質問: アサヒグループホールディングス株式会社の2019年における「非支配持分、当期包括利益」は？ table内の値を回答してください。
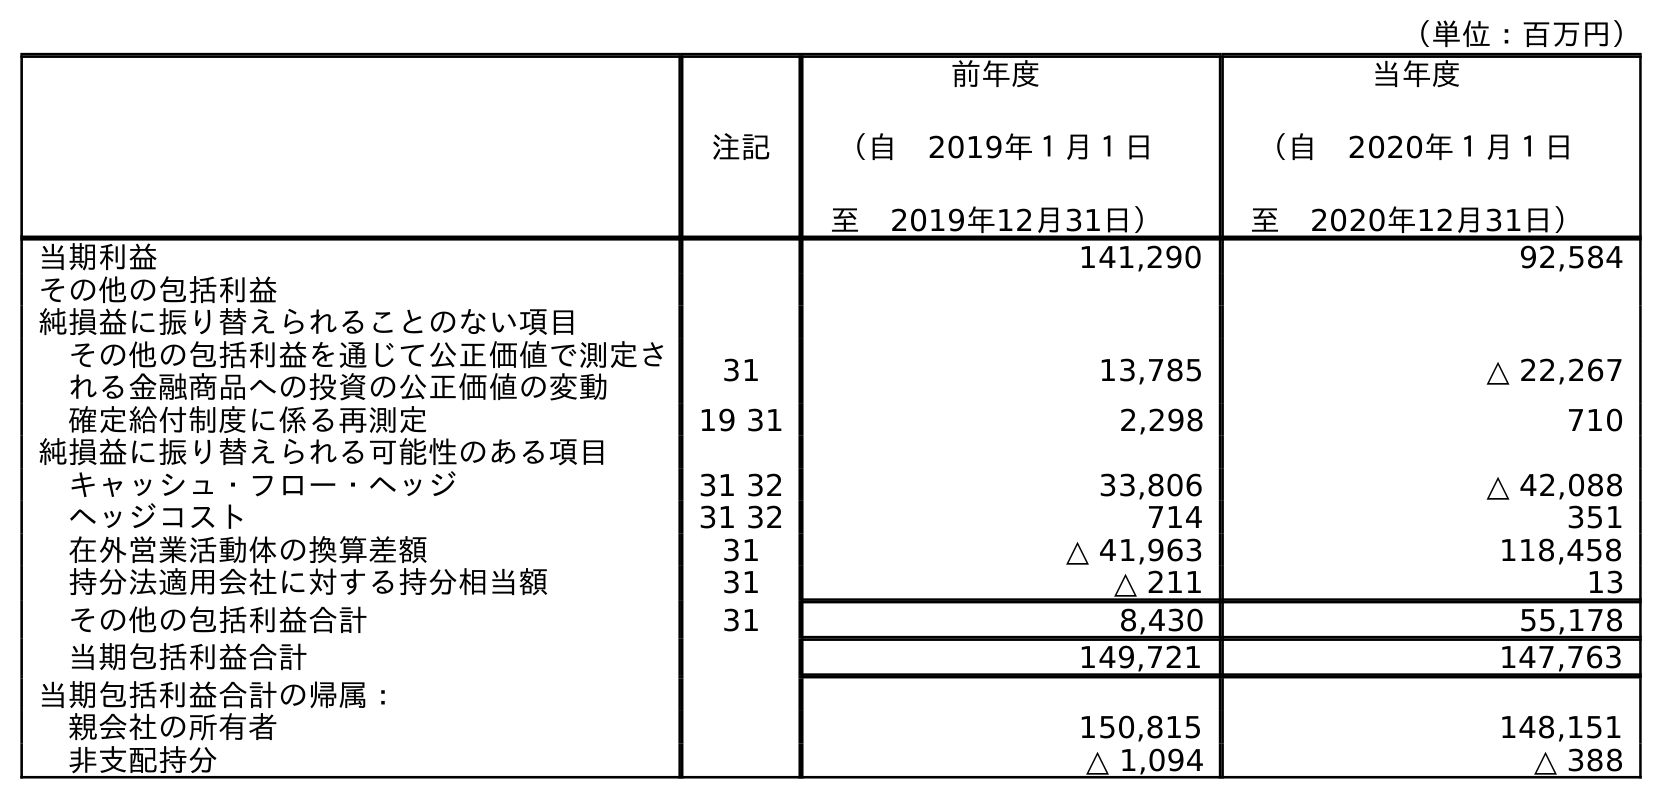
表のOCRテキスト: （単位：百万円） 注記 前年度 （自 2019年１月１日 至 2019年12月31日） 当年度 （自 2020年１月１日 至 2020年12月31日） 当期利益 141,290 92,584 その他の包括利益 純損益に振り替えられることのない項目 その他の包括利益を通じて公正価値で測定さ れる金融商品への投資の公正価値の変動 31 13,785 △ 22,267 確定給付制度に係る再測定 19 31 2,298 710 純損益に振り替えられる可能性のある項目 キャッシュ・フロー・ヘッジ 31 32 33,806 △ 42,088 ヘッジコスト 31 32 714 351 在外営業活動体の換算差額 31 △ 41,963 118,458 持分法適用会社に対する持分相当額 31 △ 211 13 その他の包括利益合計 31 8,430 55,178 当期包括利益合計 149,721 147,763 当期包括利益合計の帰属： 親会社の所有者 150,815 148,151 非支配持分 △ 1,094 △ 388
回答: △1,094